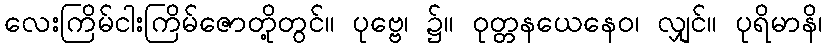
လေးကြိမ်ငါးကြိမ်ဇောတို့တွင်။ ပုဗ္ဗေ၊ ၌။ ဝုတ္တနယေနေဝ၊ လျှင်။ ပုရိမာနိ၊